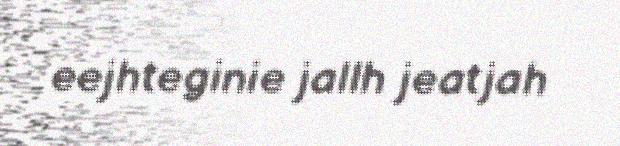
eejhteginie jallh jeatjah